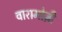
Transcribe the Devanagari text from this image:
वारामोज़ी